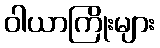
ဝါယာကြိုးများ